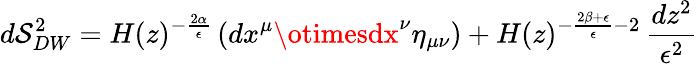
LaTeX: d\mathcal{S}_{DW}^{2}=H(z)^{-\frac{{2\alpha}}{{\epsilon}}}\left(dx^{\mu}\otimesdx^{\nu}\eta_{\mu\nu}\right)+H(z)^{-\frac{{2\beta+\epsilon}}{{\epsilon}}-2}\, \frac{{dz^{2}}}{{\epsilon^{2}}}